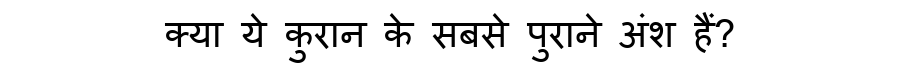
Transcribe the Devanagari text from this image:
क्या ये कुरान के सबसे पुराने अंश हैं?